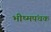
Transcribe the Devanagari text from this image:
भीष्मपंचक